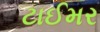
ટાઈમર